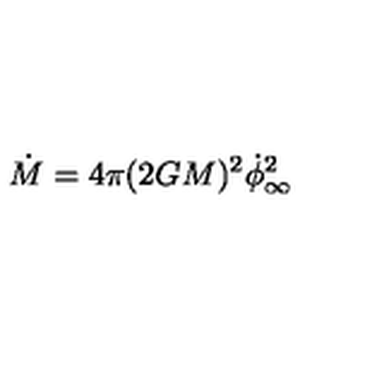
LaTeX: \dot { M } = 4 \pi ( 2 G M ) ^ { 2 } \dot { \phi } _ { \infty } ^ { 2 }